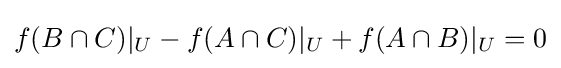
f(B\cap C)|_{U}-f(A\cap C)|_{U}+f(A\cap B)|_{U}=0